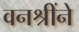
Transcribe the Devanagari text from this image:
वनश्रींने